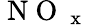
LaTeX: \mathrm{~N~O~}_{\mathrm{~x~}}